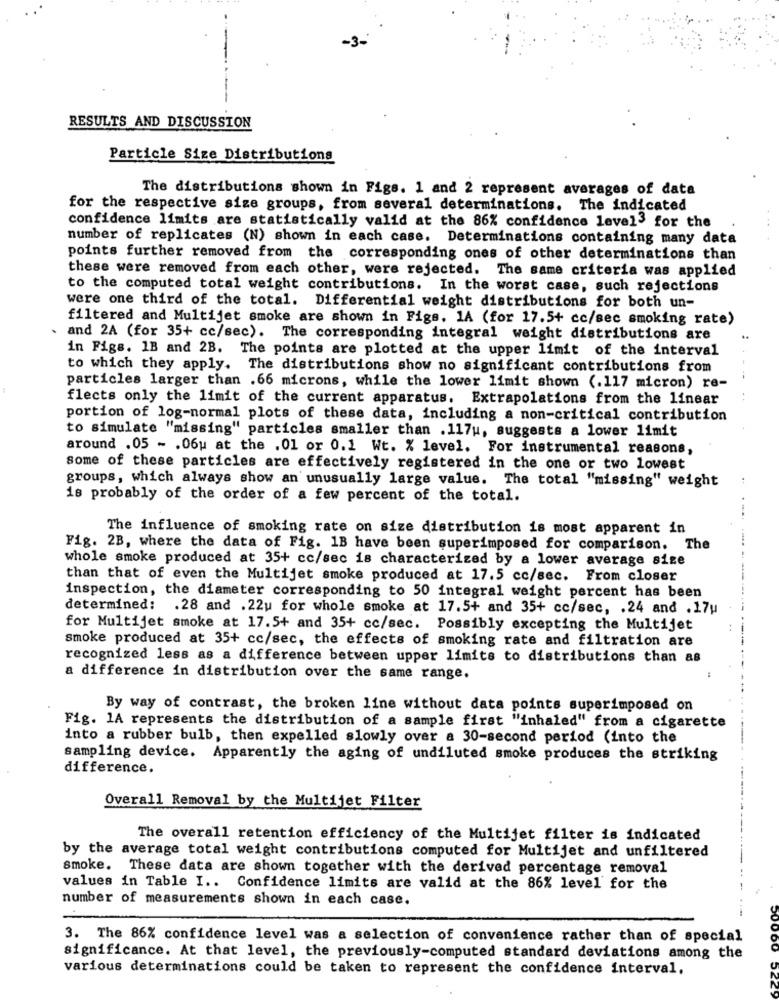
RESULTS AND DISCUSSION
Particle Size Distributions
The distributions shown in Figs. 1 and 2 represent averages of data
for the respective size groups, from several determinations. The indicated
confidence limits are statistically valid at the 86% confidence level3 for the
number of replicates (N) shown in each case. Determinations containing many data
points further removed from the corresponding ones of other determinations than
these were removed from each other, were rejected. The same criteria was applied
to the computed total weight contributions. In the worst case, such rejections
were one third of the total. Differential weight distributions for both un-
filtered and Multijet smoke are shown in Figs. 1A (for 17.5+ cc/sec smoking rate)
and 2A (for 35+ cc/sec). The corresponding integral weight distributions are
in Figs. 1B and 2B. The points are plotted at the upper limit of the interval
to which they apply. The distributions show no significant contributions from
--
particles larger than .66 microns, while the lower limit shown (.117 micron) re-
flects only the limit of the current apparatus. Extrapolations from the linear
portion of log-normal plots of these data, including a non-critical contribution
to simulate "missing" particles smaller than .117u, suggests a lower limit
around .05 - . 06u at the . 01 or 0.1 Wt. % level. For instrumental reasons,
some of these particles are effectively registered in the one or two lowest
groups, which always show an unusually large value. The total "missing" weight
18 probably of the order of a few percent of the total.
The influence of smoking rate on size distribution is most apparent in
Fig. 2B, where the data of Fig. 1B have been superimposed for comparison. The
whole smoke produced at 35+ cc/sec is characterized by a lower average size
than that of even the Multijet smoke produced at 17.5 cc/sec. From closer
inspection, the diameter corresponding to 50 integral weight percent has been
determined: . 28 and .22u for whole smoke at 17.5+ and 35+ cc/sec, . 24 and .17u
for Multijet smoke at 17.5+ and 35+ cc/sec. Possibly excepting the Multijet
smoke produced at 35+ cc/sec, the effects of smoking rate and filtration are
recognized less as a difference between upper limits to distributions than as
a difference in distribution over the same range.
By way of contrast, the broken line without data points superimposed on
Fig. 1A represents the distribution of a sample first "inhaled" from a cigarette
into a rubber bulb, then expelled slowly over a 30-second period (into the
-
sampling device. Apparently the aging of undiluted smoke produces the striking
difference.
Overall Removal by the Multijet Filter
The overall retention efficiency of the Multijet filter is indicated
by the average total weight contributions computed for Multijet and unfiltered
smoke. These data are shown together with the derived percentage removal
values in Table I .. Confidence limits are valid at the 86% level for the
number of measurements shown in each case.
3. The 86% confidence level was a selection of convenience rather than of special
significance. At that level, the previously-computed standard deviations among the
various determinations could be taken to represent the confidence interval.